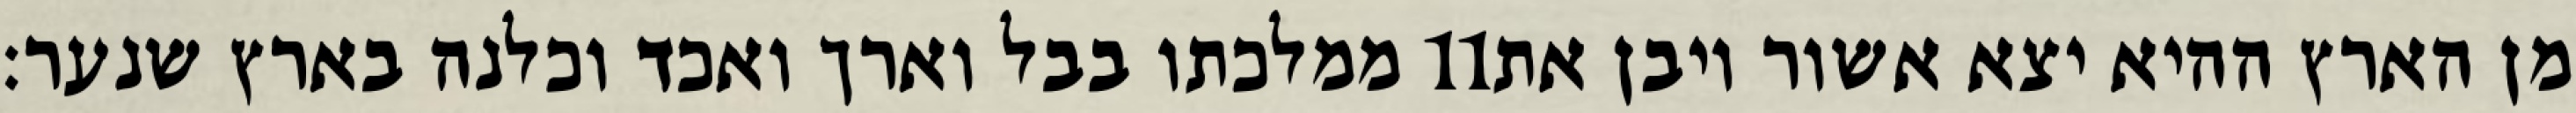
ממלכתו בבל וארך ואכד וכלנה בארץ שנער׃ ‎11‏ מן הארץ ההיא יצא אשור ויבן את